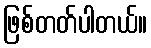
ဖြစ်တတ်ပါတယ်။